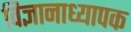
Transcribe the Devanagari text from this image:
विज्ञानाध्यापक